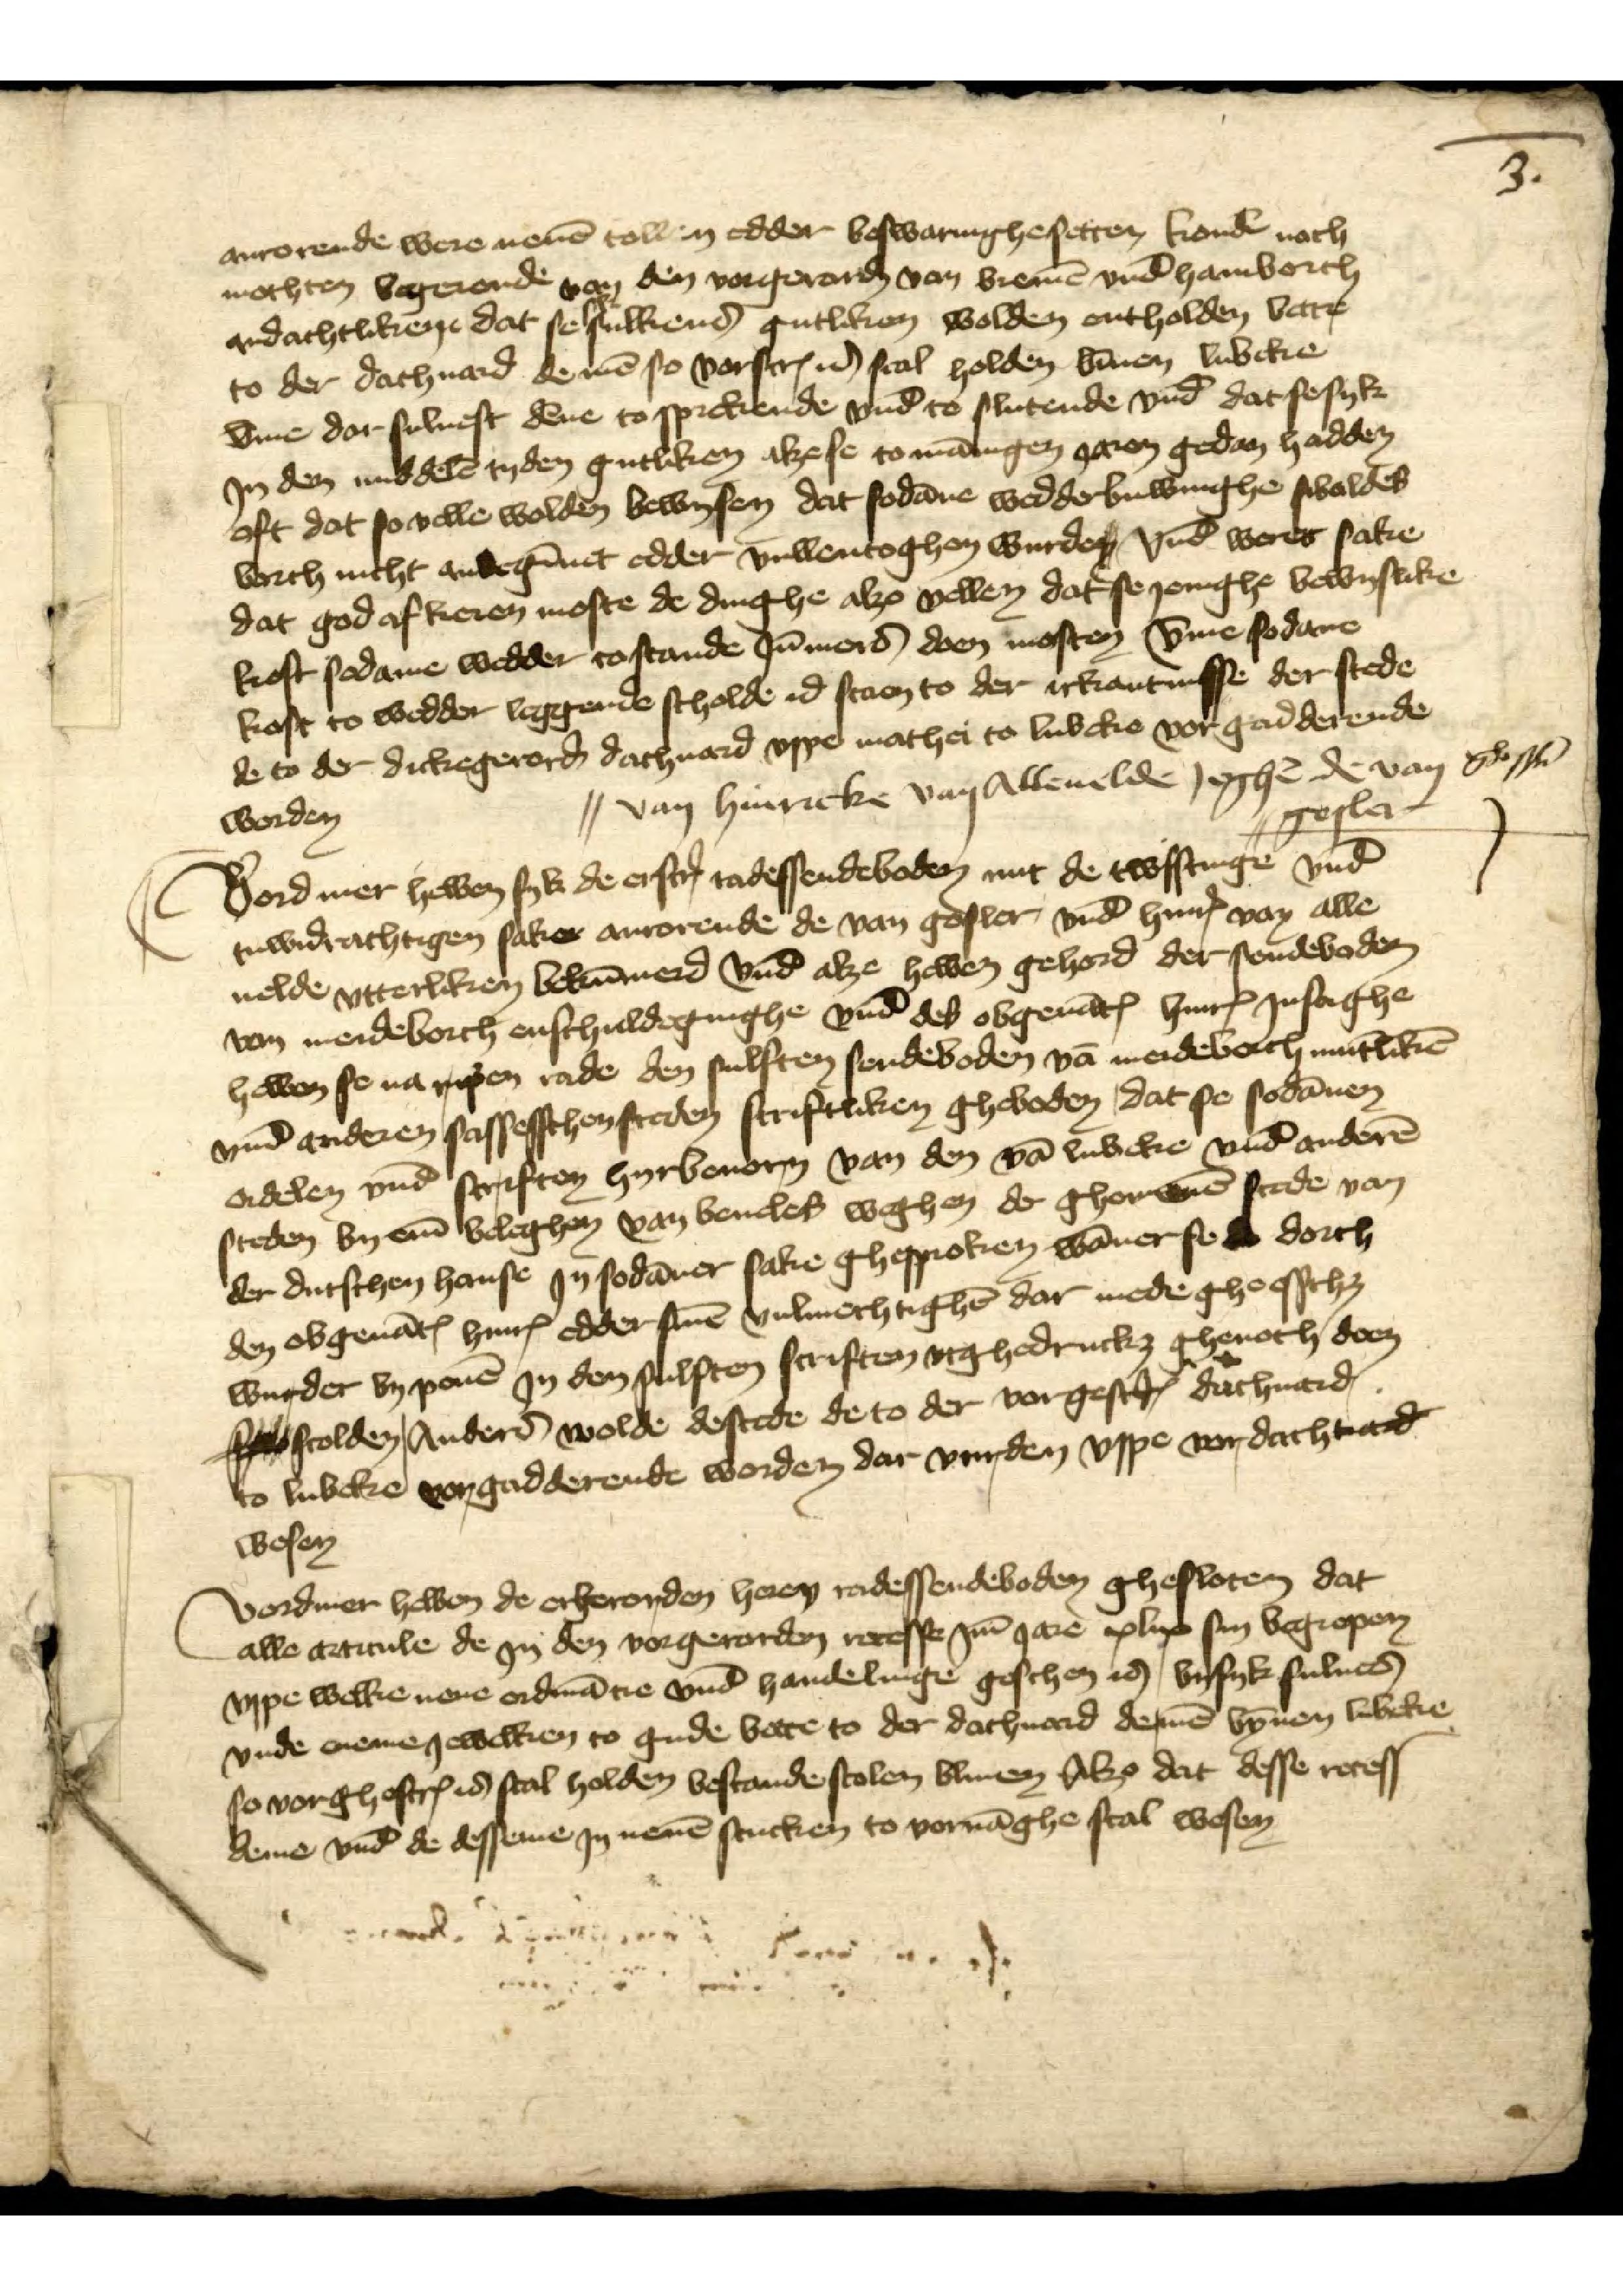
3.

anrorende were nenē tollen edder beswarughe setten kondē noch
mochten begeronde van den vorgerard van bremē vnd hamborch
vndachtlikene, dat se sulkend gutliken wolden ontholden vare
to der dachuard de mē so vorscrꝬ is scal holden bīnen lubeke
v̄me dar suluest dēne to spreckende vnd to slutende vnd dat se syk
Jn den middelē tyden gutliken alze se to mānigen Jaren gedan hadden
oft dat so velle wolden bewysen dat sodane wedderbuwinghe sobaldes
vorth nicht anbegīnet edder vullentoghen wurden, vnd werer sake
dat god afkeren moste de dinghe alzo vellen dat se Jenighe bewyslike
kost sodame wedder tostande Jn̄merd doen mosten v̄me sodane
kost to wedder leggende scholde id staen to der ikantnisse der stede
de to der dickegerord dachuord vppe mathei to lubeke vorgadderende
worden

| van Hinreke van Alleuelde Jeghē de van
| gosler

Vordmer hebben syk de erscrꝬ radessendeboden mit de twisstinge vnd
tuwidrachtigen sake anrorende de van gosler vnd hinrꝬ van alle
uelde vtterliken bekūmerd vnd alze hebben gehord der sendeboden
van meideborch enschuldeginghe vnd des obgenātꝬ hinrꝬ Jnsaghe
hebben se na ripen rade den sulften sendeboden vā meideborch mūtlikē
vnd anderen sassesschen steden scriftliken gheboden, dat se sodānen
ordelen vnd scriften hyrberorn van den vā lubeke vnd anderē
steden by em̄ beleghen van beueles weghen der ghomenē stede van
der dutschen hanse Jn sodāner sake ghesproken wāner so d dorch
den obgenātꝬ hinrꝬ edder sinē vulmechtighē dar mede gheeschet
wurder by penē Jn den sulften scriften vtghedrucket, ghenoth doen
fco scolden, Anderē wolde de stede de to der vorgescrꝬ dachuard
to lubeke vorgadderende worden dar vurden vppe vor dachvard
wesen

Vordmer hebben de erherorden heren radessendeboden ghesloten dat
alle articule de Jn den vorgerorden recesse Jm Jare xlix sin begrepen
vppe welke nene ordinācie vnd handelinge geschen is bysyk sulues
vnde eneme Jewelken to gude bate to der dachuard deruē bȳnen lubeke
so vorghescrꝬ is scal holden bestande scolen bliuen Alze dat desse recess
deme vnd de desseme Jn nenē stucken to voruāghe scal wesen

gho ßli